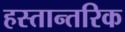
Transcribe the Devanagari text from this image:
हस्तान्तरिक